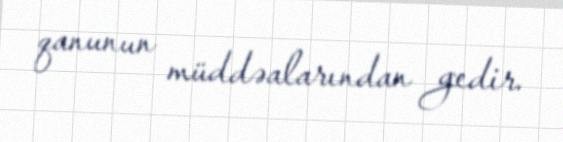
qanunun müddəalarından gedir.